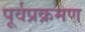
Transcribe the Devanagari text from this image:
पूर्वप्रक्रमण